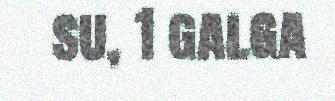
su, 1 galga